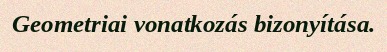
Geometriai vonatkozás bizonyítása.